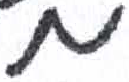
אות: מ